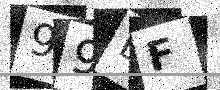
Text: 99LF